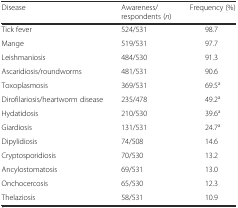
<table><thead><tr><td><b>Disease</b></td><td><b>Awareness/respondents (<i>n</i>)</b></td><td><b>Frequency (%)</b></td></tr></thead><tbody><tr><td>Tick fever</td><td>524/531</td><td>98.7</td></tr><tr><td>Mange</td><td>519/531</td><td>97.7</td></tr><tr><td>Leishmaniosis</td><td>484/530</td><td>91.3</td></tr><tr><td>Ascaridiosis/roundworms</td><td>481/531</td><td>90.6</td></tr><tr><td>Toxoplasmosis</td><td>369/531</td><td>69.5<sup>a</sup></td></tr><tr><td>Dirofilariosis/heartworm disease</td><td>235/478</td><td>49.2<sup>a</sup></td></tr><tr><td>Hydatidosis</td><td>210/530</td><td>39.6<sup>a</sup></td></tr><tr><td>Giardiosis</td><td>131/531</td><td>24.7<sup>a</sup></td></tr><tr><td>Dipylidiosis</td><td>74/508</td><td>14.6</td></tr><tr><td>Cryptosporidiosis</td><td>70/530</td><td>13.2</td></tr><tr><td>Ancylostomatosis</td><td>69/531</td><td>13.0</td></tr><tr><td>Onchocercosis</td><td>65/530</td><td>12.3</td></tr><tr><td>Thelaziosis</td><td>58/531</td><td>10.9</td></tr></tbody></table>